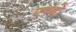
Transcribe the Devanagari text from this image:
एब्दो